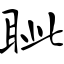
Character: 眦